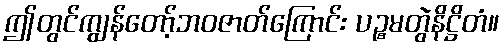
ဤတွင်ကျွန်တော့်ဘဝဇာတ်ကြောင်း ပဉ္စမတွဲနိဋ္ဌိတံ။